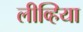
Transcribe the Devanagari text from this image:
लीव्हिया